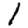
Digit: 1